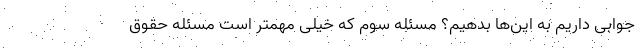
جوابی داریم به این‌ها بدهیم؟ مسئله سوم که خیلی مهمتر است مسئله حقوق